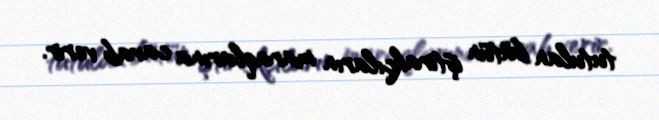
tutulan bütün iştirakçıların maraqlarına cavab verir.